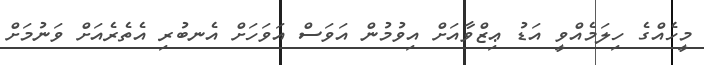
މީހެއްގެ ހިލަމެއްވީ އަޑު ޢިޒްވާއަށް އިވުމުން އަވަސް އަވަހަށް އެނބުރި އެތެރެއަށް ވަނުމަށް